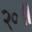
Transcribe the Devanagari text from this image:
२०॥